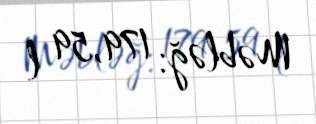
Məbləğ: 179,59 l